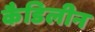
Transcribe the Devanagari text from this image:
कैडिलीन